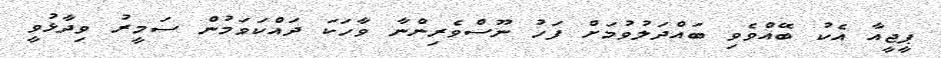
ޕީޖީއާ އެކު ބޭއްވެވި ބައްދަލުވުމަށް ފަހު ނޫސްވެރިންނާ ވާހަކަ ދައްކަވަމުން ސަމީރު ވިދާޅުވީ